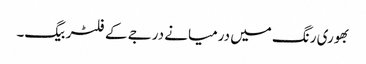
بھوری رنگ میں درمیانے درجے کے فلٹر بیگ۔